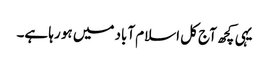
یہی کچھ آج کل اسلام آباد میں ہو رہا ہے۔